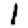
Digit: 1